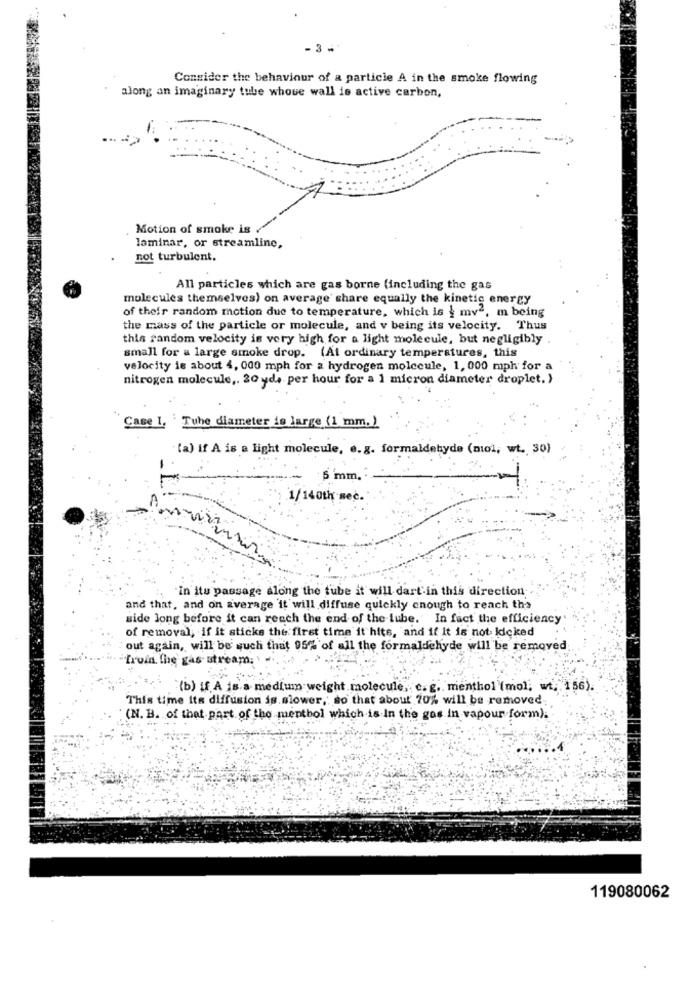
-3 .
Consider the behaviour of a particle A in the smoke flowing
along an imaginary tube whowe wall is active carbon,
Motion of smoke is
laminar, or streamline,
not turbulent.
All particles which are gas borne (including the gas
molecules themselves) on average' share equally the kinetic energy
of their random motion due to temperature, which is { mv2, m being
the mass of the particle or molecule, and v being its velocity. Thus
this random velocity is very high for a light molecule, but negligibly .
small for a large smoke drop. (At ordinary temperatures, this
velocity is about 4, 000 mph for a hydrogen molecule, 1, 000 mph for a
nitrogen molecule ,. 20 yd, per hour for a 1 micron diameter droplet. }
Case I. Tube diameter is large (1 mm.)
(a) if A is a light molecule, e.g. formaldehyde (mioi, wt. 30)
5 mm.
1/140th sec.
m
In itu passage along the tube it will dart in this direction
and that, and on average it will diffuse quickly enough to reach the
side long before it can reach the end of the tube. In fact the efficiency
of removal, if it sticks the first time it hits, and if it is not kicked
out again, will be such that 95% of all the formaldehyde will be removed
"Truin the gas stream. . .
"(b) if A is a medium weight molecule, e. g ., menthol (mol; wt. 156).
This time its diffusion is.slower, so that about 70% will be removed
(N. B. of that part of the mentbol which is In the gos in vapour form).
119080062